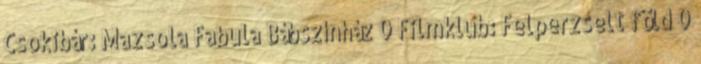
Csokibár: Mazsola Fabula Bábszínház 0 Filmklub: Felperzselt föld 0